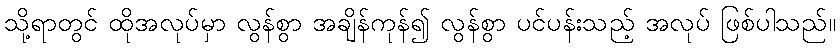
သို့ရာတွင် ထိုအလုပ်မှာ လွန်စွာ အချိန်ကုန်၍ လွန်စွာ ပင်ပန်းသည့် အလုပ် ဖြစ်ပါသည်။